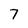
Character: 7